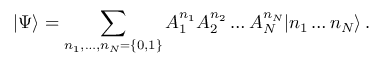
| \Psi \rangle = \sum _ { n _ { 1 } , \ldots , n _ { N } = \{ 0 , 1 \} } A _ { 1 } ^ { n _ { 1 } } A _ { 2 } ^ { n _ { 2 } } \ldots A _ { N } ^ { n _ { N } } | n _ { 1 } \ldots n _ { N } \rangle \, .